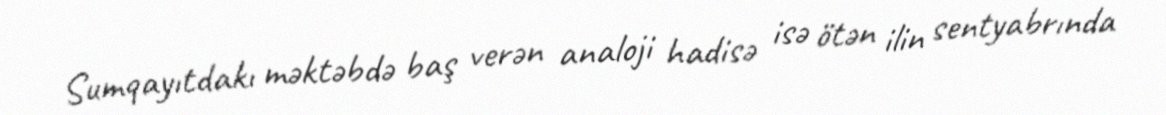
Sumqayıtdakı məktəbdə baş verən analoji hadisə isə ötən ilin sentyabrında